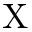
\mathrm { X }